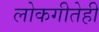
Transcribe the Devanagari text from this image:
लोकगीतेही